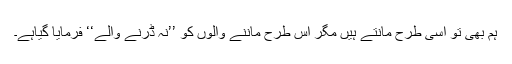
ہم بھی تو اسی طرح مانتے ہیں مگر اس طرح ماننے والوں کو ’’نہ ڈرنے والے‘‘ فرمایا گیاہے۔